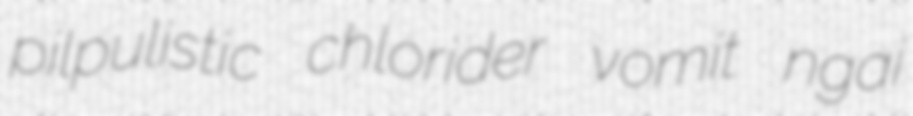
pilpulistic chlorider vomit ngai